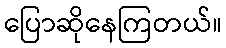
ပြောဆိုနေကြတယ်။